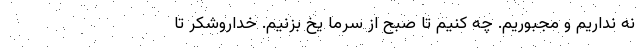
نه نداریم و مجبوریم. چه کنیم تا صبح از سرما یخ بزنیم. خداروشکر تا